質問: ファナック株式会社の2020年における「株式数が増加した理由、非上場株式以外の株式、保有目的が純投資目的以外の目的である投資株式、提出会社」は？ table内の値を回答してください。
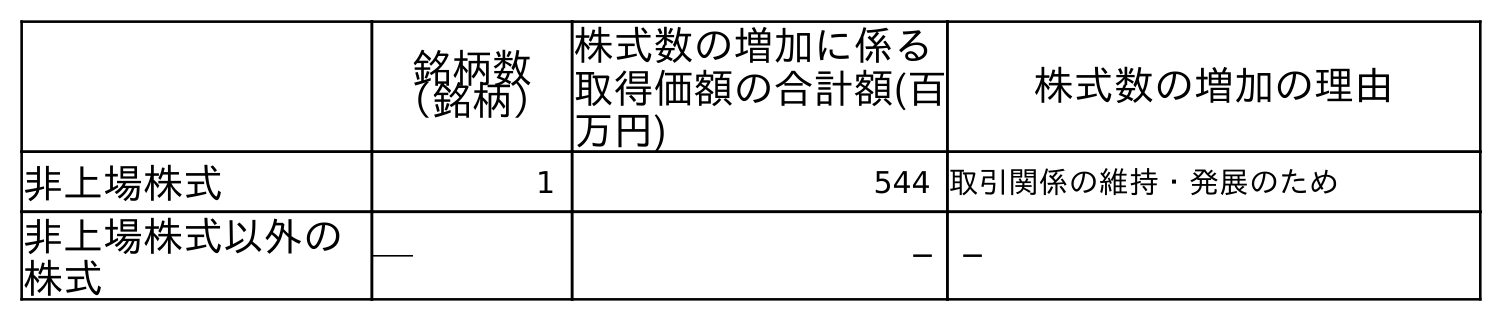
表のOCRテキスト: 銘柄数 （銘柄） 株式数の増加に係る 取得価額の合計額(百 万円) 株式数の増加の理由 非上場株式 1 544 取引関係の維持・発展のため 非上場株式以外の 株式 ─ ─ ─
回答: ─